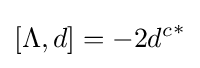
[\Lambda ,d]=-2{d^{c}}^{*}